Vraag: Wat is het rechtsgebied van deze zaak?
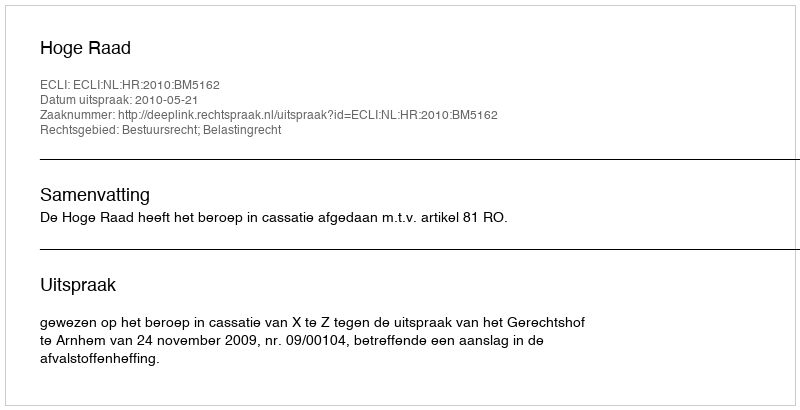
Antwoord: Bestuursrecht; Belastingrecht